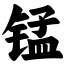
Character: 锰